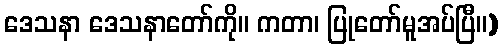
ဒေသနာ ဒေသနာတော်ကို။ ကတာ၊ ပြုတော်မူအပ်ပြီ။)